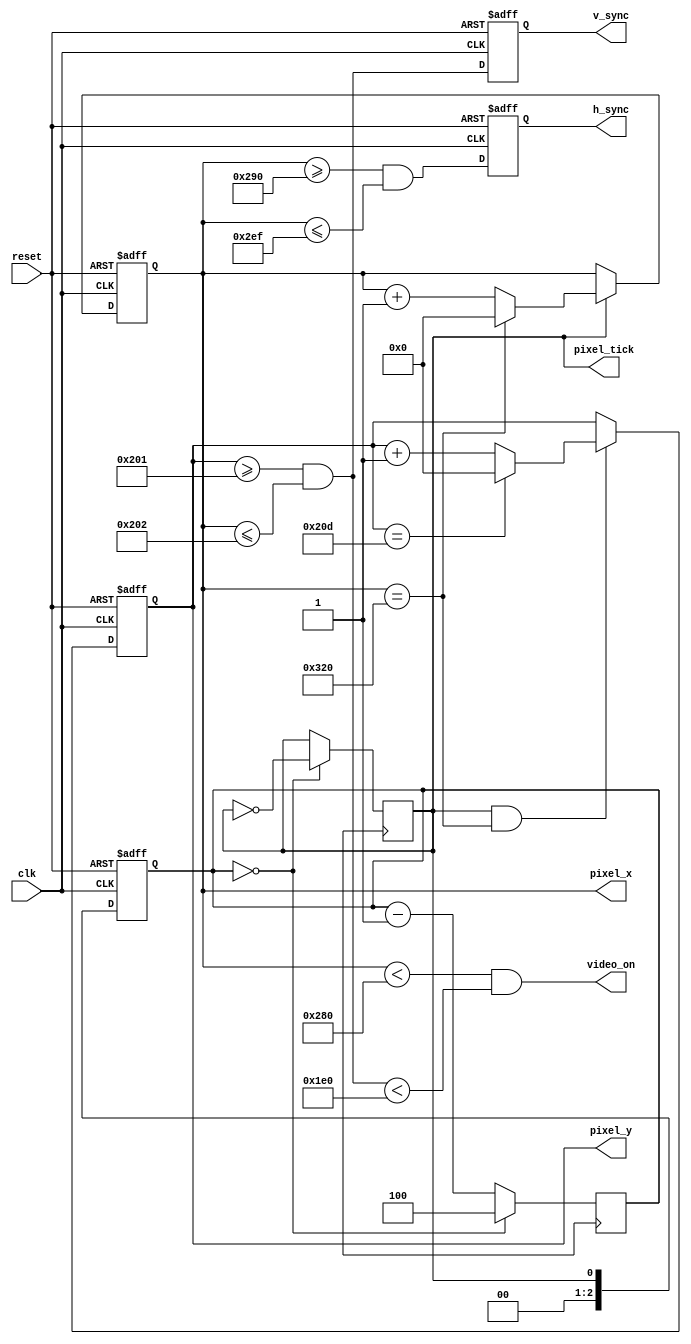
module H_V_Sync_VGA_2(
	input wire clk,reset, //señal de reloj de la FPGA y un reset asincrónico para el sistema
	output wire h_sync, v_sync, video_on, pixel_tick,	 //señales de monitoreo, sincronización y control
	output wire [9:0] pixel_x, pixel_y //señales que permiten ubicar la posición del pixel_x y pixel_y
	);

//declarando parámetros
	//Modo VGA 640x480 se considera el uso de los parametros debido a los tiempos de retraso de las compuertas y del monitor mismo
	localparam Hor_Disp = 640; //Area de dibujo horizontal 
	localparam Hor_Bor_Izq = 48; //Area horizontal de borde negro izquierdo
	localparam Hor_Bor_Der = 16; //Area horizaontal de borde negro derecho
	localparam Hor_Ret = 96; //Retraso horizontal debido a reposicion del monitor
	localparam Ver_Disp = 480; //Area de display vertical
	localparam Ver_Bor_Sup = 10; //Area vertical de borde negro superior
	localparam Ver_Bor_Inf = 33; //Area vertical de borde negro inferior
	localparam Ver_Ret = 2; //Retraso vertical
	
	// Circuito Divisor de frecuencia
	reg [2:0]counter; //Registro Para Contar
	wire clk_out; //Salida que produce el contador
	
	//Sincronizadores
	reg [9:0] hor_cont_reg, hor_cont_next;
	reg [9:0] ver_cont_reg, ver_cont_next;
	
	//Buffer de salida para evitar desincronizaciones
	reg ver_sinc_reg, hor_sinc_reg;
	wire ver_sinc_next, hor_sinc_next;
	
	//Pulsos de control
	wire hor_end, ver_end, pixel_tic_mod;
	
	//Cuerpo del modulo con los registros
	always @ (posedge clk, posedge reset)
	if (reset)
		begin
			counter <= 1'b000;
			ver_cont_reg <= 0;
			hor_cont_reg <= 0;
			ver_sinc_reg <= 1'b0;
			hor_sinc_reg <= 1'b0;
		end
	else
		begin
			counter <= clk_out;
			ver_cont_reg <= ver_cont_next;
			hor_cont_reg <= hor_cont_next;
			ver_sinc_reg <= ver_sinc_next;
			hor_sinc_reg <= hor_sinc_next;
		end
//generador de 25MHZ
always @(posedge clk_in) begin //en cada cambio posiivo genera un coportamiento de flop flop
    if (counter == 0) begin
        counter <= 4; //contador que alcanza 4 para asignar una salida a aproximadamente 25MHz
        clk_out <= ~clk_out; //cuando el contador alcanza 0 el relog asigna al clk_out una salida en alto
    end else begin
        counter <= counter -1; //si las condiciones no se contemplan el contador comienza a reducirse hasta que alcanze 4
    end
end

 
//Pulsos de estado
//asignando el contador horizontal
assign hor_end = (hor_cont_reg == (Hor_Disp+Hor_Bor_Izq+Hor_Bor_Der+Hor_Ret));
//asignando el contador vertical
assign ver_end = (ver_cont_reg == (Ver_Disp+Ver_Bor_Sup+Ver_Bor_Inf+Ver_Ret));

//logica del siguiente estado horizontal
always @*
	if (clk_out)
		if (hor_end)
			hor_cont_next = 0;
		else 
			hor_cont_next = hor_cont_reg + 1;
	else
		hor_cont_next = hor_cont_reg;
		
//logica del sigueinte estado vertical
always @*
	if (clk_out & hor_end)
		if (ver_end)
			ver_cont_next = 0;
		else 
			ver_cont_next = ver_cont_reg + 1;
	else
		ver_cont_next = ver_cont_reg;
		
//sincronizacion vertical y horizontal con buffer para evitar datos errados

//h_sync sincronizacion horizontal
assign hor_sinc_next = (hor_cont_reg >= (Hor_Disp+Hor_Bor_Der) && hor_cont_reg <= (Hor_Disp+Hor_Bor_Der+Hor_Ret-1));

//v_syncsincronizacion vertical
assign ver_sinc_next = (ver_cont_reg >= (Ver_Disp+Ver_Bor_Inf) && hor_cont_reg <= (Ver_Disp+Ver_Bor_Inf+Ver_Ret-1));

//puslo de control de video para encender el proceso de coloracion
assign video_on = (hor_cont_reg < Hor_Disp) && (ver_sinc_next < Ver_Disp);

//salidas
assign h_sync = hor_sinc_reg;
assign v_sync = ver_sinc_reg;
assign pixel_x = hor_cont_reg;
assign pixel_y = ver_cont_reg;
assign pixel_tick = clk_out;

endmodule